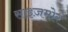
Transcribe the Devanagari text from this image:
साइज़मोर